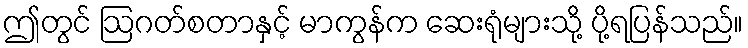
ဤတွင် ဩဂတ်စတာနှင့် မာကွန်က ဆေးရုံများသို့ ပို့ရပြန်သည်။